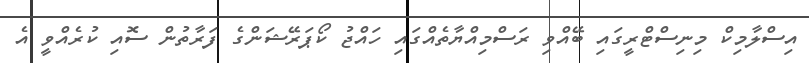
އިސްލާމިކް މިނިސްޓްރީގައި ބޭއްވި ރަސްމިއްޔާތެއްގައި ހައްޖު ކޯޕަރޭޝަންގެ ފަރާތުން ސޮއި ކުރެއްވީ އެ